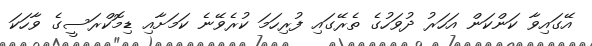
އޭގައިވާ ކަންކަން އަހަރު ދުވަހުގެ ތެރޭގައި ފުރިހަމަ ކުރެވޭނެ ކަމަށާއި ޑިމޮކްރަސީގެ ވާހަކަ